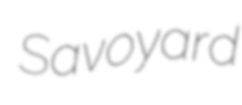
Savoyard